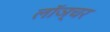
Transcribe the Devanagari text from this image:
लॉञ्चर